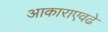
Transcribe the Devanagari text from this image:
आकाराएवढे